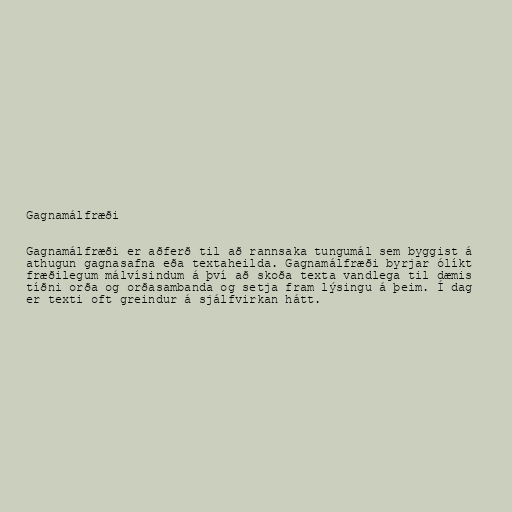
Gagnamálfræði

Gagnamálfræði er aðferð til að rannsaka tungumál sem byggist á
athugun gagnasafna eða textaheilda. Gagnamálfræði byrjar ólíkt
fræðilegum málvísindum á því að skoða texta vandlega til dæmis
tíðni orða og orðasambanda og setja fram lýsingu á þeim. Í dag
er texti oft greindur á sjálfvirkan hátt.